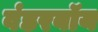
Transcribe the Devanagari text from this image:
वंडरबॉय